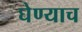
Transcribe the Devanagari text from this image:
घेण्याच